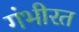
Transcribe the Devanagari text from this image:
गंभीरत